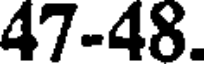
47-48.